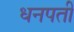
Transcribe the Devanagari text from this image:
धनपती